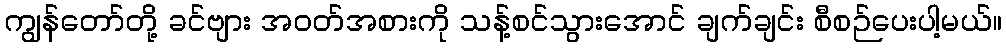
ကျွန်တော်တို့ ခင်ဗျား အဝတ်အစားကို သန့်စင်သွားအောင် ချက်ချင်း စီစဉ်ပေးပါ့မယ်။